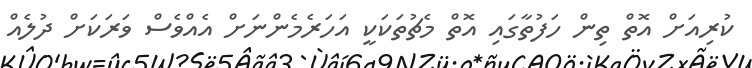
ކުރިއަށް އޮތް ތިން ހަފުތާގައި އޮތް މެޗުތަކަކީ އަހަރެމެންނަށް އެއްވެސް ވަރަކަށް ދުލެއް